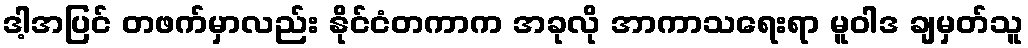
ဒါ့အပြင် တဖက်မှာလည်း နိုင်ငံတကာက အခုလို အာကာသရေးရာ မူဝါဒ ချမှတ်သူ